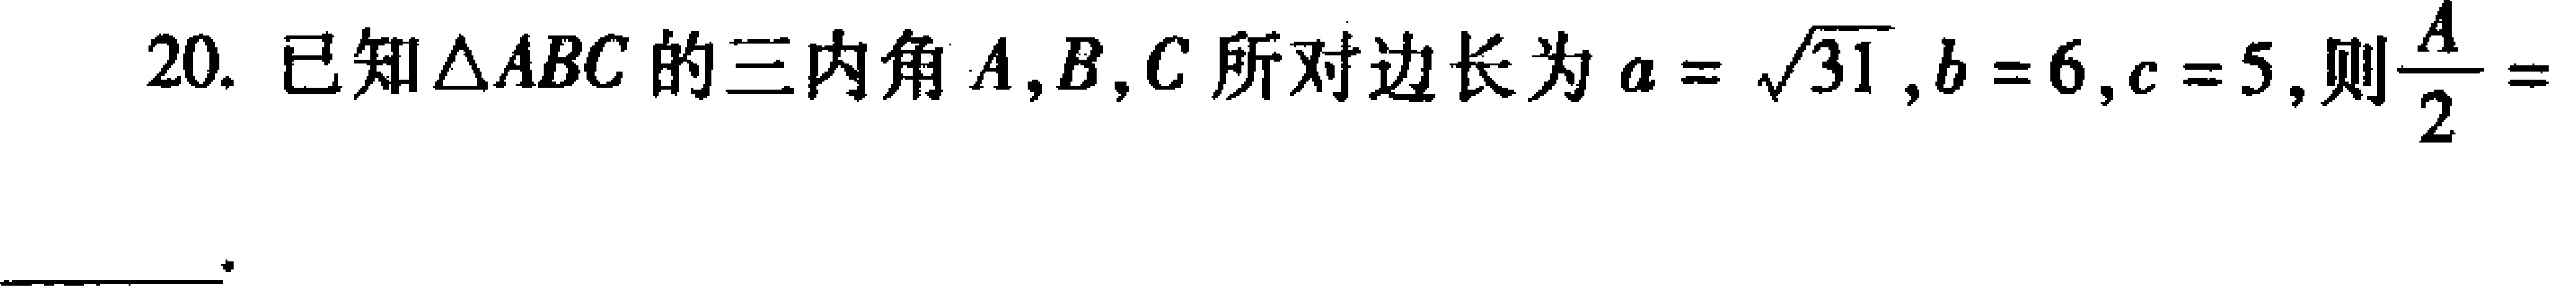
20. 已知$\triangle ABC$的三内角$A,B,C$所对边长为$a = \sqrt{31},b = 6,c = 5,$则$\frac{A}{2}=$  。